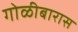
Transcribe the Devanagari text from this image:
गोळीबारास